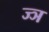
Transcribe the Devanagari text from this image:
ज्‍ञ